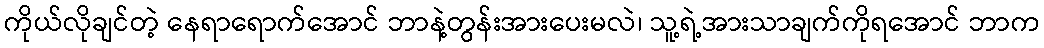
ကိုယ်လိုချင်တဲ့ နေရာရောက်အောင် ဘာနဲ့တွန်းအားပေးမလဲ၊ သူ့ရဲ့အားသာချက်ကိုရအောင် ဘာက